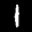
Label: 1